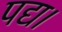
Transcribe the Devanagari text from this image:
पद्य।